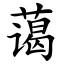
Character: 蔼